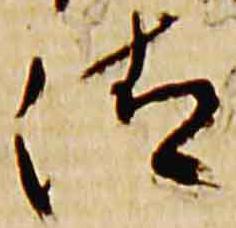
清